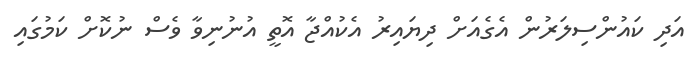
އަދި ކައުންސިލަރުން އެގެއަށް ދިޔައިރު އެކުއްޖާ އޮތީ އުނުނިވާ ވެސް ނުކޮށް ކަމުގައި